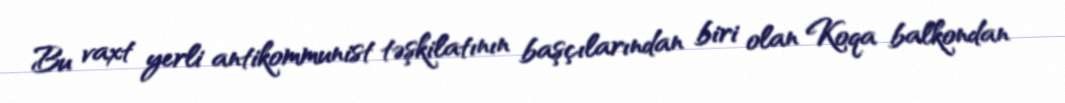
Bu vaxt yerli antikommunist təşkilatının başçılarından biri olan Koqa balkondan